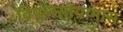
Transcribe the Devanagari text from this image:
बिपुलसोंग्रामास